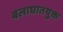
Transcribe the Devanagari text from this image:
बलाघातयुक्त